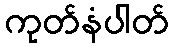
ကုတ်နံပါတ်